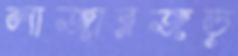
লাজারজড়